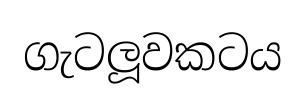
ගැටලූවකටය